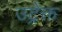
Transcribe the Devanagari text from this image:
उट्रेक्त